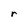
Character: r